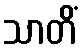
သာတိံ